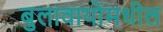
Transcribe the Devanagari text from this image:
बुलावायोमधील